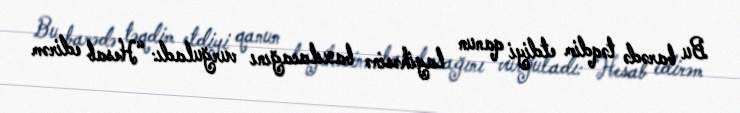
Bu barədə təqdim etdiyi qanun layihəsinə baxılacağını vurğuladı: “Hesab edirəm